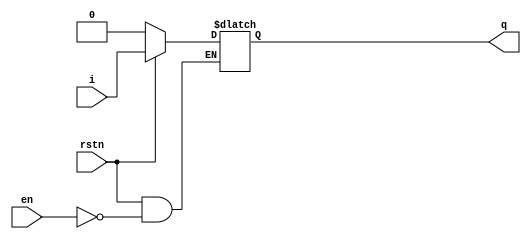
module latch_1 (
   q,
   en, i, rstn
   );
   input en;
   input i;
   input rstn;
   output q;
   reg    q;
   always @* begin
      if(rstn == 1'b0)
        q <= 0;
      else
        if(en)
          q <= i;
   end
endmodule